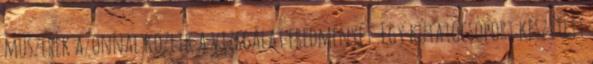
műszerek azonnal közlik a vizsgálat eredményét. Egy kutatócsoport készített